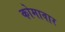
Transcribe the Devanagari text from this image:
कोमावार